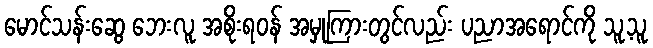
မောင်သန်းဆွေ ဘေးလူ အစိုးရဝန် အမှုကြားတွင်လည်း ပညာအရောင်ကို သူ့သူ